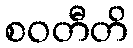
စဝတီတိ